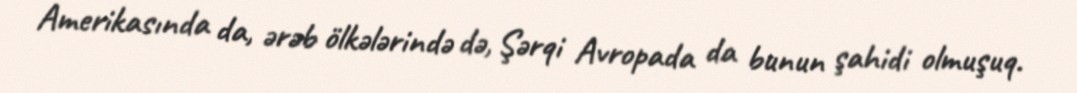
Amerikasında da, ərəb ölkələrində də, Şərqi Avropada da bunun şahidi olmuşuq.